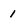
Character: 1